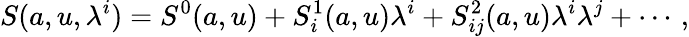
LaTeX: S(a,u,\lambda^{i})=S^{0}(a,u)+S_{i}^{1}(a,u)\lambda^{i}+S_{ij}^{2}(a,u)\lambda^{i}\lambda^{j}+\cdots\, ,